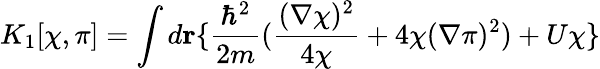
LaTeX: K_{1}[\chi,\pi]=\int d{\mathbf r}\{ {\frac{\hbar^{2}}{2m}}({\frac{(\nabla\chi)^{2}}{4\chi}}+4\chi(\nabla\pi)^{2})+U\chi\}